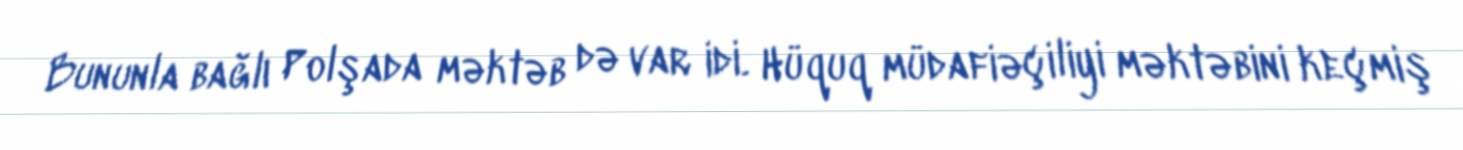
Bununla bağlı Polşada məktəb də var idi. Hüquq müdafiəçiliyi məktəbini keçmiş